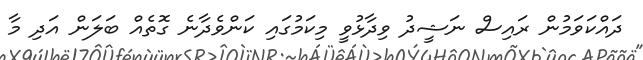
ދައްކަވަމުން ރައިސް ނަޝީދު ވިދާޅުވީ މިކަމުގައި ކަންވެދާނެ ގޮތެއް ބަލަން އަދި މާ